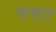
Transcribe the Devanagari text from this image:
मत्तर